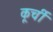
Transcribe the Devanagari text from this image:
कूर्ची